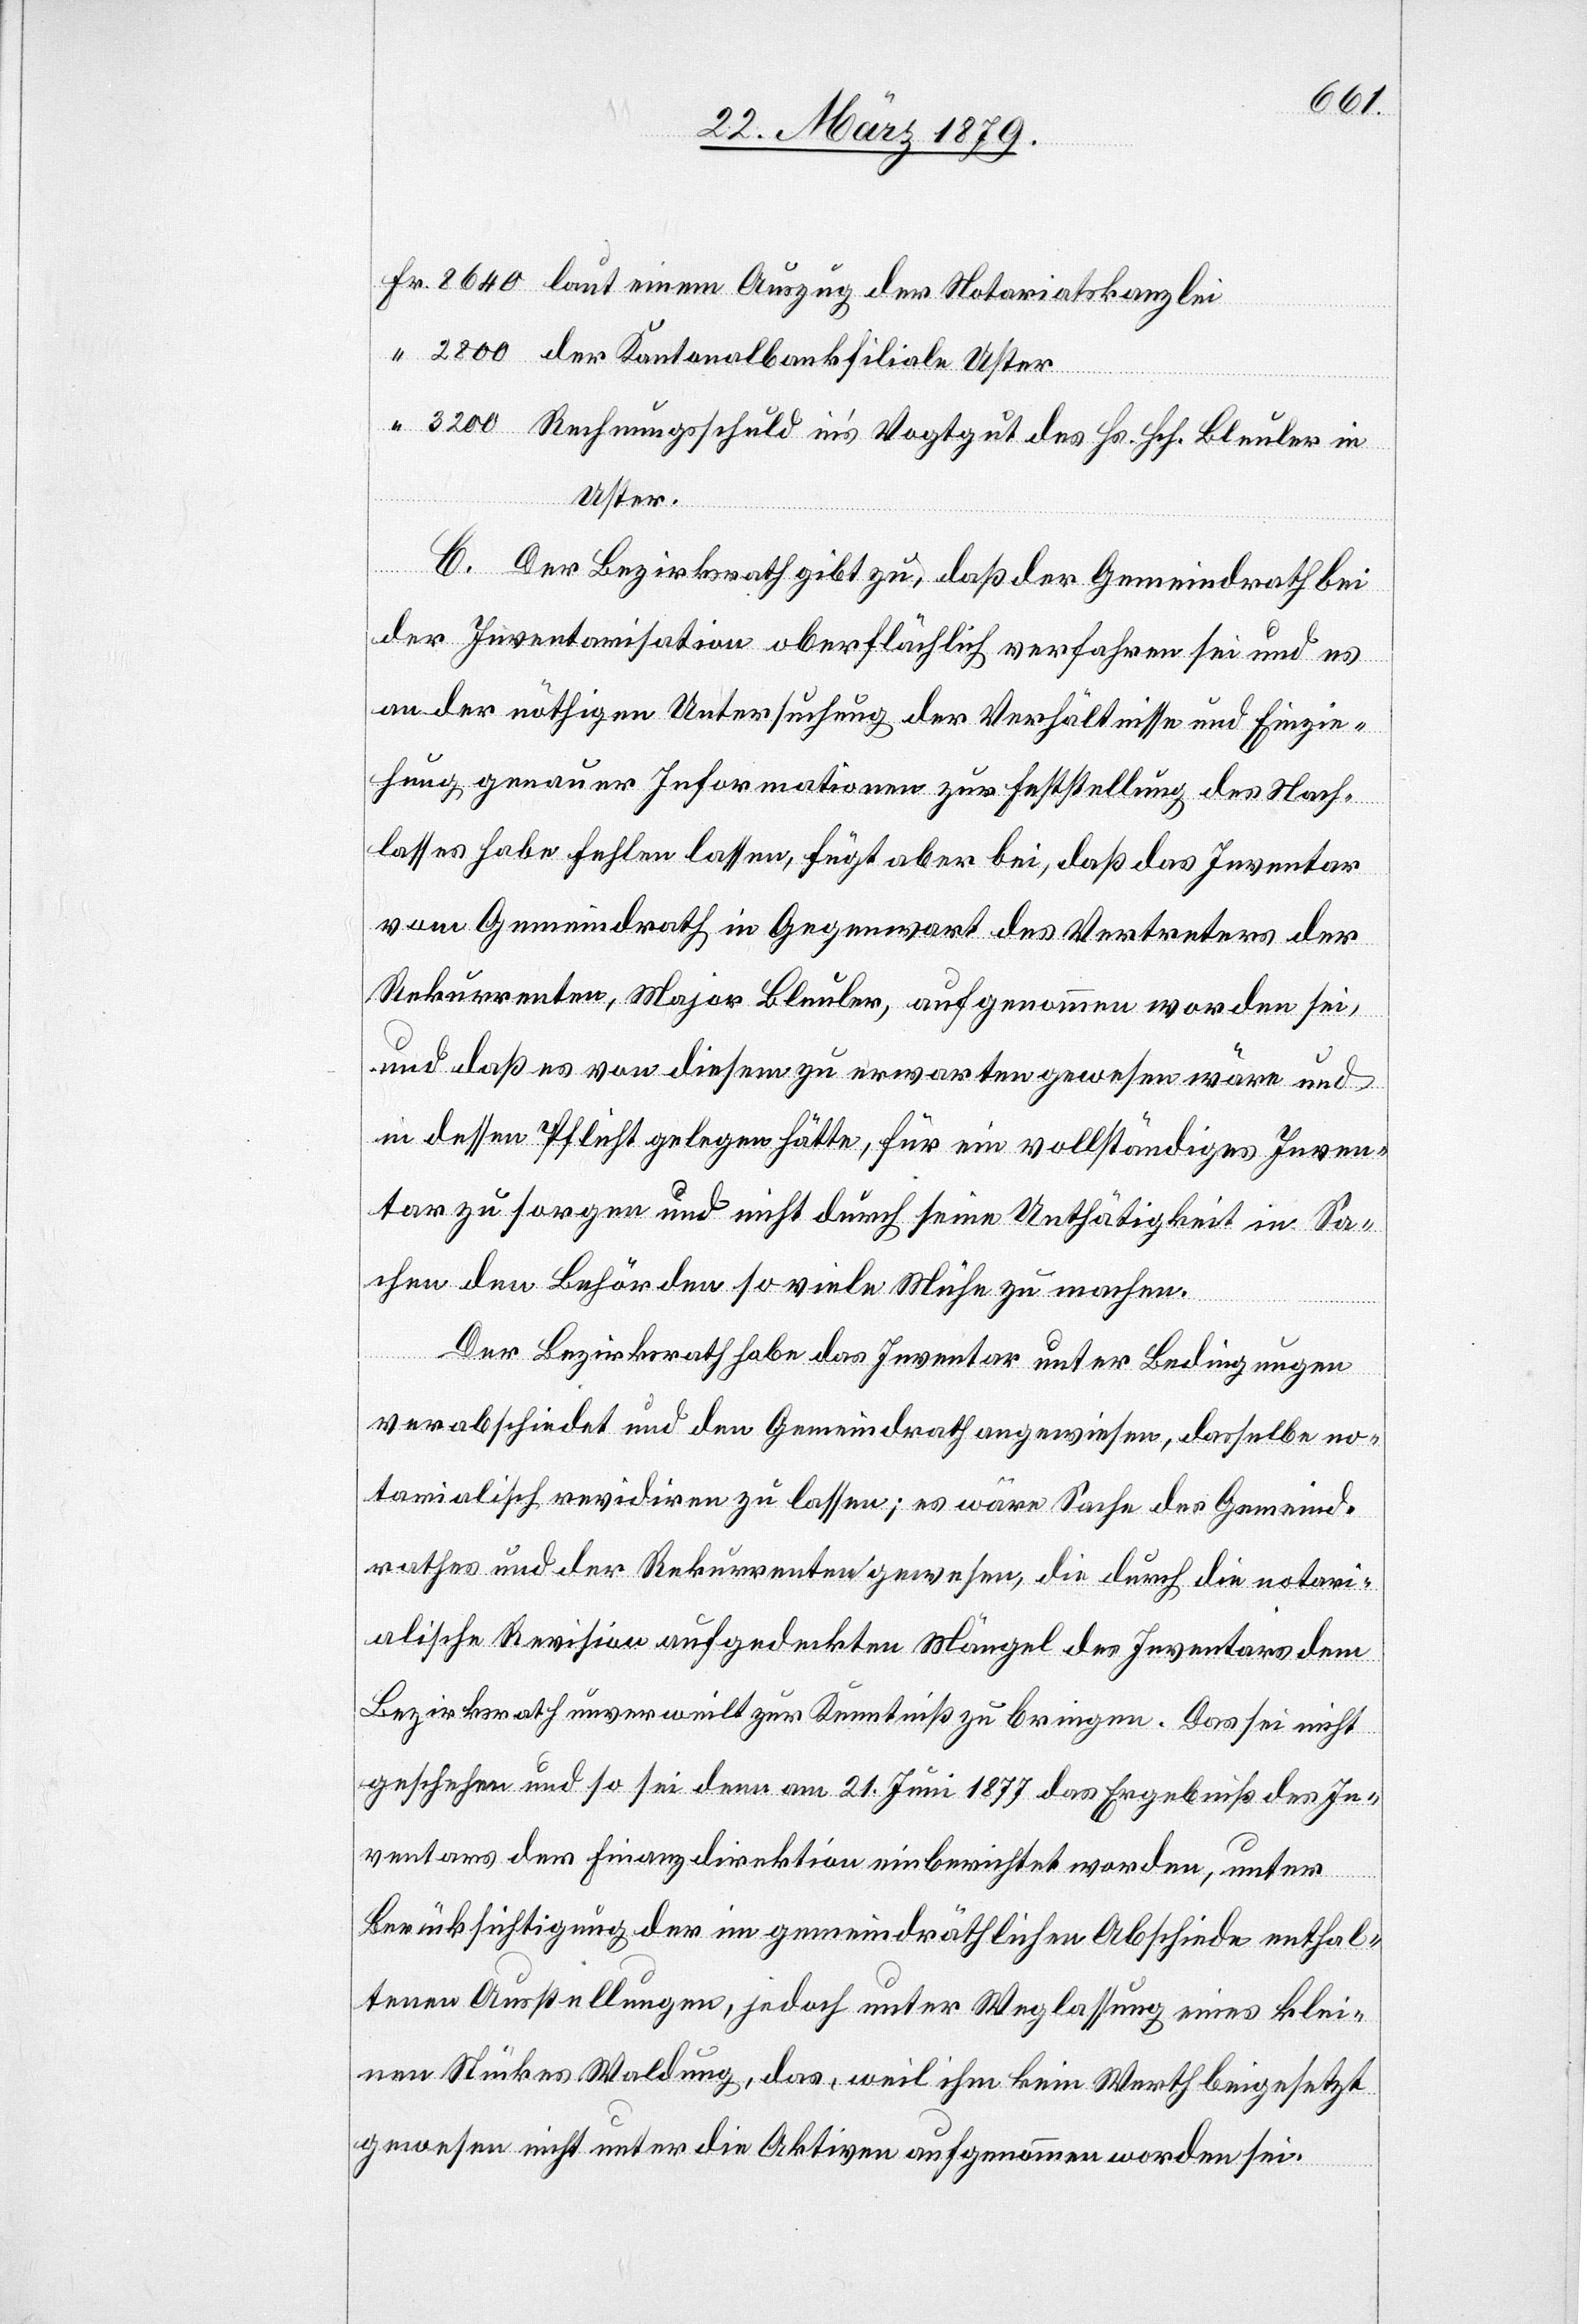
Fr. 8640 laut einem Auszug der Notariatskanzlei
“ 2800 der Kantonalbankfiliale Uster
“ 3200 Rechnungsschuld in’s Vogtgut des Hs. Hch. Bleuler in
Uster.
C. Der Bezirksrath gibt zu, daß der Gemeindrath bei
der Inventarisation oberflächlich verfahren sei und es
an der nöthigen Untersuchung der Verhältnisse und Einzie¬
hung genauer Informationen zur Feststellung des Nach¬
lasses habe fehlen lassen, fügt aber bei, daß das Inventar
vom Gemeindrath in Gegenwart des Vertreters der
Rekurrenten, Major Bleuler, aufgenommen worden sei,
und daß es von diesem zu erwarten gewesen wäre und
in dessen Pflicht gelegen hätte, für ein vollständiges Inven¬
tar zu sorgen und nicht durch seine Unthätigkeit in Sa¬
chen den Behörden so viele Mühe zu machen.
Der Bezirksrath habe das Inventar unter Bedingungen
verabschiedet und den Gemeindrath angewiesen, dasselbe no¬
tarialisch revidiren zu lassen; es wäre Sache des Gemeind¬
rathes und der Rekurrenten gewesen, die durch die notari¬
alische Revision aufgedeckten Mängel des Inventars dem
Bezirksrath unverweilt zur Kenntniß zu bringen. Das sei nicht
geschehen und so sei denn am 21. Juni 1877 das Ergebniß des In¬
ventars der Finanzdirektion einberichtet worden, unter
Berücksichtigung der im gemeindräthlichen Abschiede enthal¬
tenen Ausstellungen, jedoch unter Weglassung eines klei¬
nen Stückes Waldung, das, weil ihm kein Werth beigesetzt
gewesen nicht unter die Aktiven aufgenommen worden sei.